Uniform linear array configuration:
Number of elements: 64
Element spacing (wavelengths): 0.25
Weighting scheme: hamming
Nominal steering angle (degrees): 0
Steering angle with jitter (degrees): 1.859
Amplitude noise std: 0.05
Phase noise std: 0.05

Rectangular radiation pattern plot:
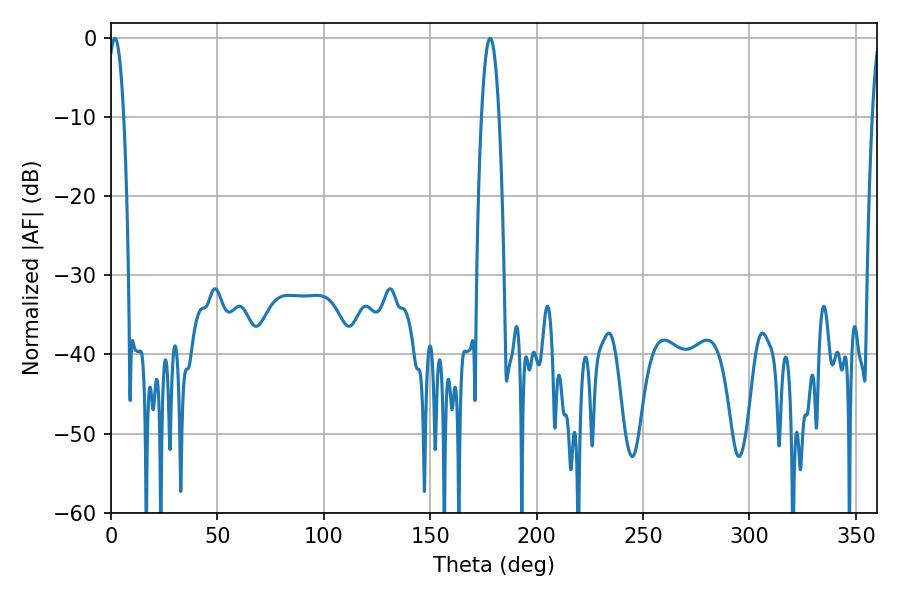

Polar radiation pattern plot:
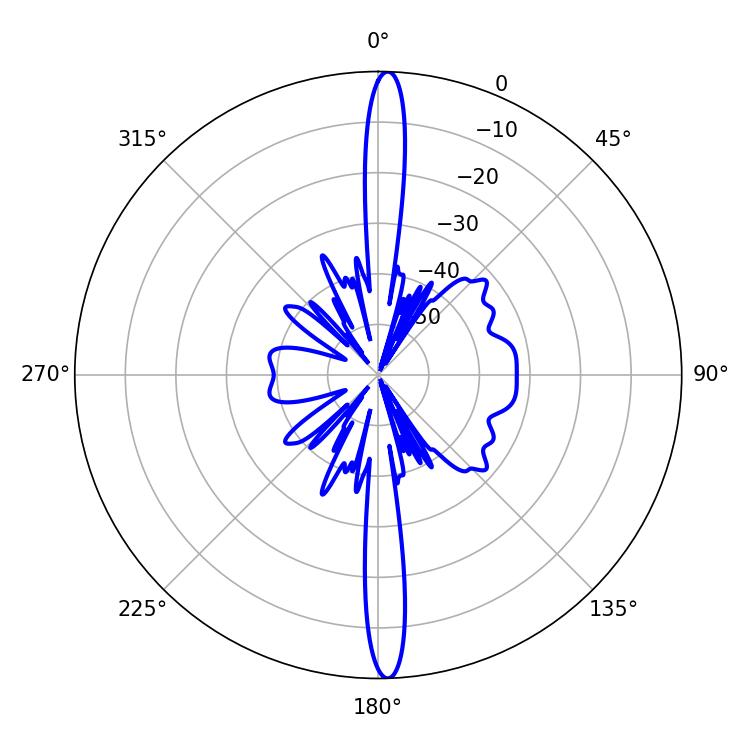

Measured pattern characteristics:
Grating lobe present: FALSE
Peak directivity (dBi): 25.239
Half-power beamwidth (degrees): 4.14
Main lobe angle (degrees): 1.8